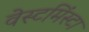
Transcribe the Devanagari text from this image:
वेस्टमिंस्टा